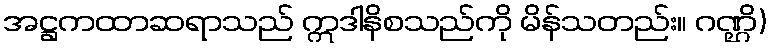
အဋ္ဌကထာဆရာသည် ဣဒါနိစသည်ကို မိန်သတည်း။ ဂဏ္ဌိ)